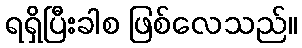
ရရှိပြီးခါစ ဖြစ်လေသည်။